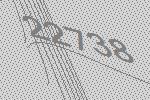
22738